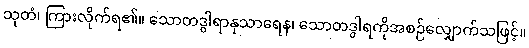
သုတံ၊ ကြားလိုက်ရ၏။ သောတဒွါရာနုသာရေန၊ သောတဒွါရကိုအစဉ်လျှောက်သဖြင့်။